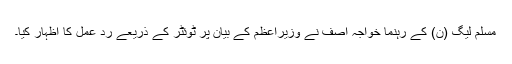
مسلم لیگ (ن) کے رہنما خواجہ آصف نے وزیراعظم کے بیان پر ٹوئٹر کے ذریعے رد عمل کا اظہار کیا۔